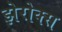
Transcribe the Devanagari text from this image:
झेरोक्स